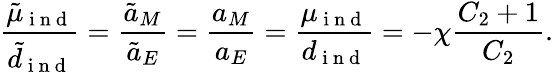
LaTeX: \frac{\tilde{\mu}_{\mathrm{~i~n~d~}}}{\tilde{d}_{\mathrm{~i~n~d~}}}=\frac{\tilde{a}_{M}}{\tilde{a}_{E}}=\frac{a_{M}}{a_{E}}=\frac{\mu_{\mathrm{~i~n~d~}}}{d_{\mathrm{~i~n~d~}}}=-\chi\frac{C_{2}+1}{C_{2}}.